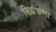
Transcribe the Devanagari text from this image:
सिधंफणा